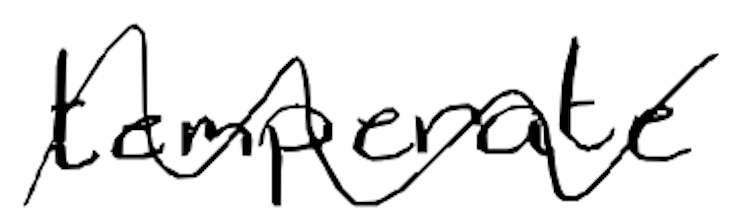
Text: temperate
Cross-out: wave
Writing tool: digital_black